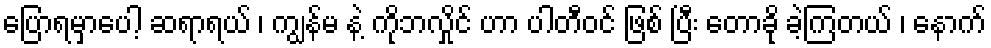
ပြောရမှာပေါ့ ဆရာရယ် ၊ ကျွန်မ နဲ့ ကိုဘလှိုင် ဟာ ပါတီဝင် ဖြစ် ပြီး တောခို ခဲ့ကြတယ် ၊ နောက်